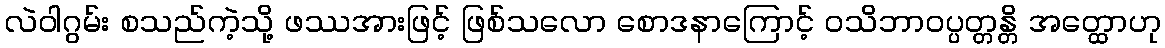
လဲဝါဂွမ်း စသည်ကဲ့သို့ ဖဿအားဖြင့် ဖြစ်သလော စောဒနာကြောင့် ဝသိဘာဝပ္ပတ္တန္တိ အတ္ထောဟု